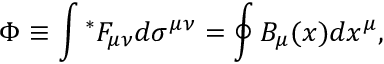
\Phi \equiv \int { } ^ { * } F _ { \mu \nu } d \sigma ^ { \mu \nu } = \oint B _ { \mu } ( x ) d x ^ { \mu } ,